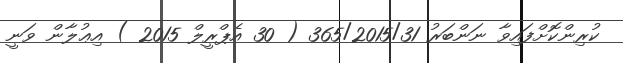
ކުރިންކޮށްފައިވާ ނަންބަރު 365/2015/31 ( 30 އެޕްރީލް 2015 ) އިޢުލާން ވަނީ